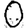
Digit: 0